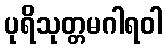
ပုရိသုတ္တမဂါရဝါ